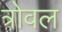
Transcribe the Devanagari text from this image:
त्रोवल